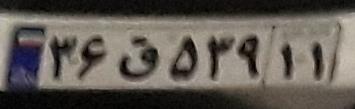
۳۶ق۵۳۹۱۱